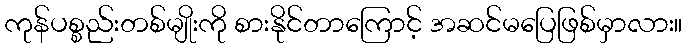
ကုန်ပစ္စည်းတစ်မျိုးကို စားနိုင်တာကြောင့် အဆင်မပြေဖြစ်မှာလား။